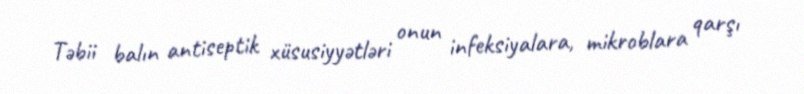
Təbii balın antiseptik xüsusiyyətləri onun infeksiyalara, mikroblara qarşı